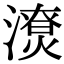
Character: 𣿳